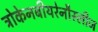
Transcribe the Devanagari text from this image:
ट्रोकेनबीयरेनौस्लीज